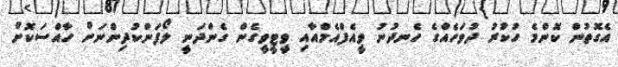
އެގޮތުން ކޮންމެ ހުކުރު ދުވަހެއްގެ ހެނދުނު ވީއެފްްއެމްއާއި ވީޓީވީގެން ގެންދަނީ ލޯފަންކުދިންނަށް ހާއްސަކޮށް